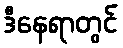
ဒီနေရာတွင်